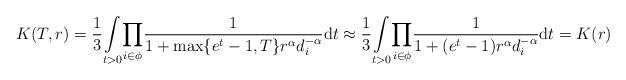
LaTeX: \begin{align*}K(T,r)=\frac{1}{3}\underset{t>0}\int \underset{i \in \phi}\prod\frac{1}{1+\max\{e^t-1,T\}r^\alpha d_i^{-\alpha}}\mathrm{d}t\approx \frac{1}{3}\underset{t>0}\int \underset{i \in \phi}\prod\frac{1}{1+(e^t-1)r^\alpha d_i^{-\alpha}}\mathrm{d}t=K(r)\end{align*}